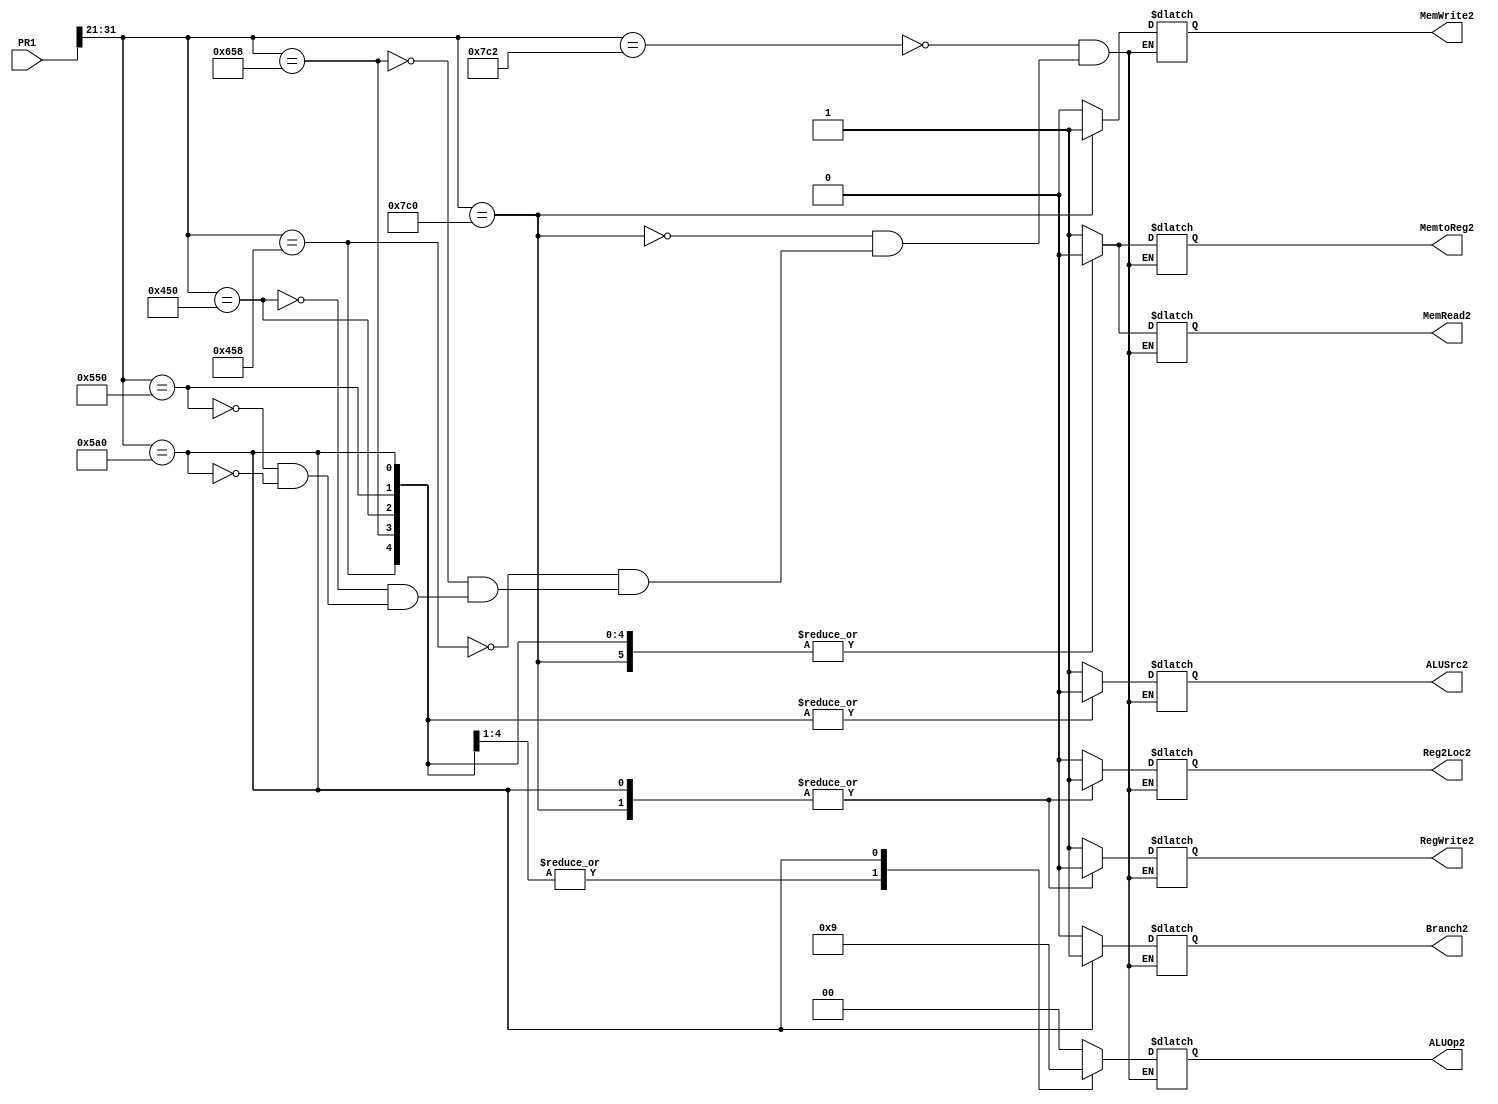
`timescale 1ns / 1ps
//////////////////////////////////////////////////////////////////////////////////
// Company: 
// Engineer: 
// 
// Design Name: 
// Module Name:    ID 
// Project Name: 
// Target Devices: 
// Tool versions: 
// Description: 
//
// Dependencies: 
//
// Revision: 
// Revision 0.01 - File Created
// Additional Comments: 
//
//////////////////////////////////////////////////////////////////////////////////
module ID(PR1, Reg2Loc2,ALUSrc2,MemtoReg2,RegWrite2,MemRead2,MemWrite2,Branch2,ALUOp2);
			wire [10:0] Opcode2;
			input [499:0] PR1;
			output reg Reg2Loc2,ALUSrc2,MemtoReg2,RegWrite2,MemRead2,MemWrite2,Branch2;
			output reg [1:0] ALUOp2;
			
			assign Opcode2 = PR1[31:21];
			
always @* begin
case (Opcode2)
// LDUR
11'b11111000010: begin
					  Reg2Loc2 <= 0; ALUSrc2 <= 1; MemtoReg2 <= 1; RegWrite2 <= 1;
					  MemRead2 <= 1; MemWrite2 <= 0; Branch2 <= 0; ALUOp2 <= 00;
					  end

//	STUR
11'b11111000000: begin
					  Reg2Loc2 <= 1; ALUSrc2 <= 1; MemtoReg2 <= 0; RegWrite2 <= 0;
					  MemRead2 <= 0; MemWrite2 <= 1; Branch2 <= 0; ALUOp2 <= 00;
					  end

// ADD
11'b10001011000: begin
					  Reg2Loc2 <= 0; ALUSrc2 <= 0; MemtoReg2 <= 0; RegWrite2 <= 1;
					  MemRead2 <= 0; MemWrite2 <= 0; Branch2 <= 0; ALUOp2 <= 10;
					  end

// SUB
11'b11001011000: begin
					  Reg2Loc2 <= 0; ALUSrc2 <= 0; MemtoReg2 <= 0; RegWrite2 <= 1;
					  MemRead2 <= 0; MemWrite2 <= 0; Branch2 <= 0; ALUOp2 <= 10;
					  end


// AND
11'b10001010000: begin
					  Reg2Loc2 <= 0; ALUSrc2 <= 0; MemtoReg2 <= 0; RegWrite2 <= 1;
					  MemRead2 <= 0; MemWrite2 <= 0; Branch2 <= 0; ALUOp2 <= 10;
					  end


// ORR
11'b10101010000: begin
					  Reg2Loc2 <= 0; ALUSrc2 <= 0; MemtoReg2 <= 0; RegWrite2 <= 1;
					  MemRead2 <= 0; MemWrite2 <= 0; Branch2 <= 0; ALUOp2 <= 10;
					  end
					  
// Branch
11'b10110100000: begin
					  Reg2Loc2 <= 1; ALUSrc2 <= 0; MemtoReg2 <= 0; RegWrite2 <= 0;
					  MemRead2 <= 0; MemWrite2 <= 0; Branch2 <= 1; ALUOp2 <= 01;
					  end
					  

endcase
end


endmodule